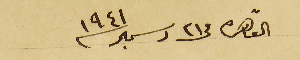
القاهره  فى ٢٣ دسمبر ١٩٤١